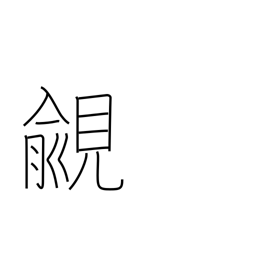
Meaning: coveting high rank